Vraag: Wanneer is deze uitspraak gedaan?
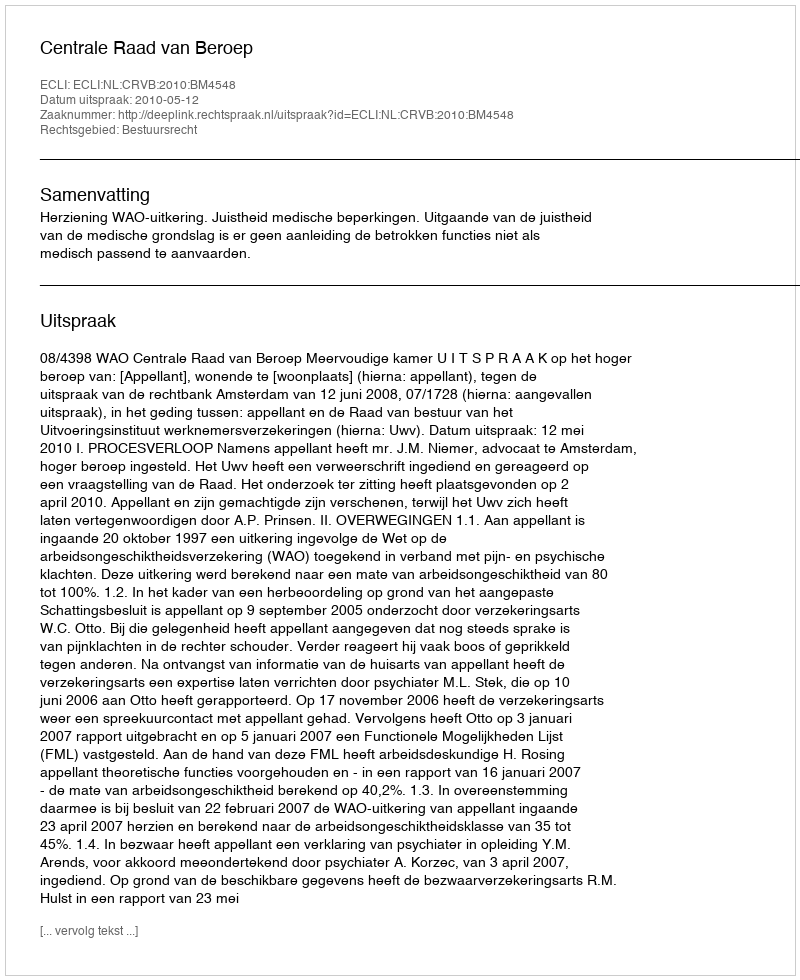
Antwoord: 2010-05-12